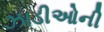
ઝાડીઓની